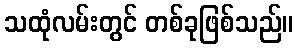
သထုံလမ်းတွင် တစ်ခုဖြစ်သည်။